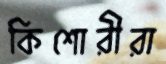
কিশোরীরা